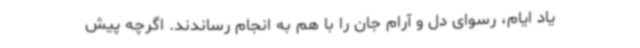
یاد ایام، رسوای دل و آرام جان را با هم به انجام رساندند. اگرچه پیش